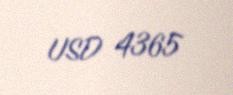
USD 4365